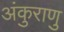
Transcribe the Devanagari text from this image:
अंकुराणु